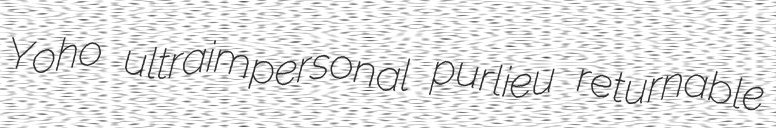
Yoho ultraimpersonal purlieu returnable